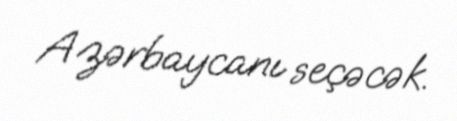
Azərbaycanı seçəcək.